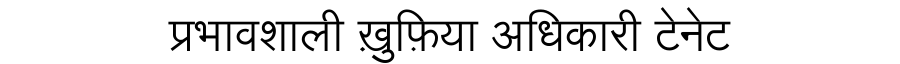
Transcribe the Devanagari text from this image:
प्रभावशाली ख़ुफ़िया अधिकारी टेनेट